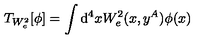
T _ { W _ { e } ^ { 2 } } [ \phi ] = \int \mathrm { d } ^ { 4 } x W _ { e } ^ { 2 } ( x , y ^ { A } ) \phi ( x )